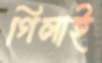
গিলাই